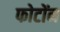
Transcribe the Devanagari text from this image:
फोटोंन